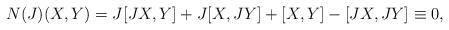
LaTeX: \begin{align*}N(J)(X,Y)=J[JX,Y]+J[X,JY]+[X,Y]-[JX,JY]\equiv 0, \end{align*}